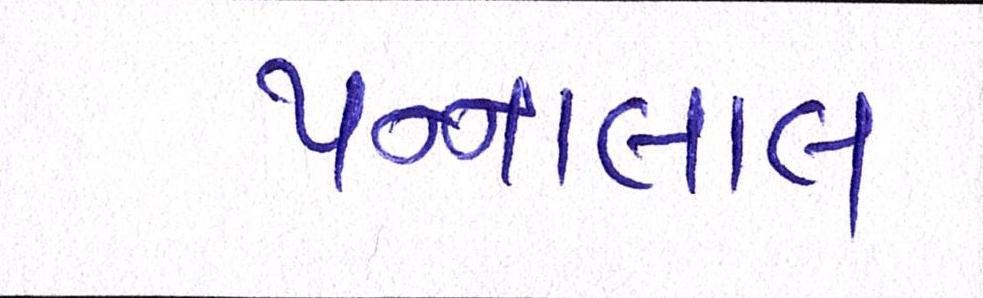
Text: પન્નાલાલ